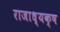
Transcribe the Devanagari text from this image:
राजाध्‍यक्ष